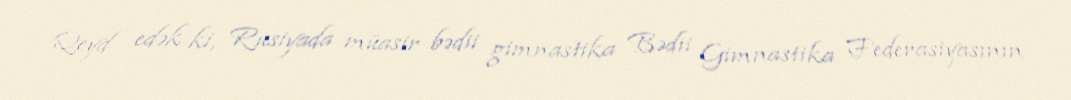
Qeyd edək ki, Rusiyada müasir bədii gimnastika Bədii Gimnastika Federasiyasının